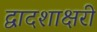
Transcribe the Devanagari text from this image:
द्वादशाक्षरी